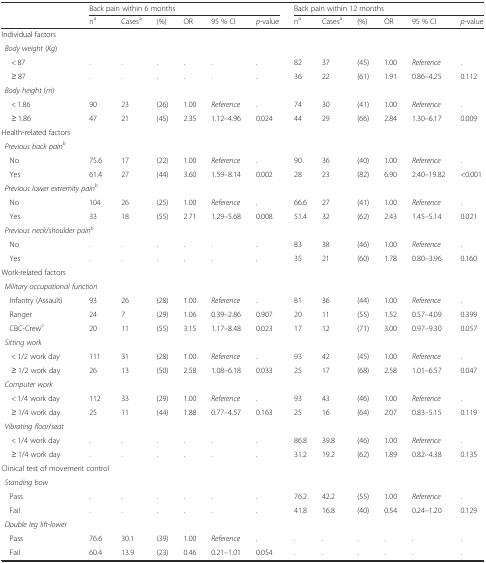
<table><thead><tr><td rowspan="2"></td><td colspan="6"><b>Back pain within 6 months</b></td><td colspan="6"><b>Back pain within 12 months</b></td></tr><tr><td><b>n<sup>a</sup></b></td><td><b>Cases<sup>a</sup></b></td><td><b>(%)</b></td><td><b>OR</b></td><td><b>95 % CI</b></td><td><b><i>p</i>-value</b></td><td><b>n<sup>a</sup></b></td><td><b>Cases<sup>a</sup></b></td><td><b>(%)</b></td><td><b>OR</b></td><td><b>95 % CI</b></td><td><b><i>p</i>-value</b></td></tr></thead><tbody><tr><td>Individual factors</td><td></td><td></td><td></td><td></td><td></td><td></td><td></td><td></td><td></td><td></td><td></td><td></td></tr><tr><td><i>Body weight</i> (<i>Kg</i>)</td><td></td><td></td><td></td><td></td><td></td><td></td><td></td><td></td><td></td><td></td><td></td><td></td></tr><tr><td>&lt; 87</td><td>.</td><td>.</td><td>.</td><td>.</td><td>.</td><td>.</td><td>82</td><td>37</td><td>(45)</td><td>1.00</td><td><i>Reference</i></td><td>.</td></tr><tr><td>≥ 87</td><td>.</td><td>.</td><td>.</td><td>.</td><td>.</td><td>.</td><td>36</td><td>22</td><td>(61)</td><td>1.91</td><td>0.86–4.25</td><td>0.112</td></tr><tr><td><i>Body height</i> (<i>m</i>)</td><td></td><td></td><td></td><td></td><td></td><td></td><td></td><td></td><td></td><td></td><td></td><td></td></tr><tr><td>&lt; 1.86</td><td>90</td><td>23</td><td>(26)</td><td>1.00</td><td><i>Reference</i></td><td>.</td><td>74</td><td>30</td><td>(41)</td><td>1.00</td><td><i>Reference</i></td><td>.</td></tr><tr><td>≥ 1.86</td><td>47</td><td>21</td><td>(45)</td><td>2.35</td><td>1.12–4.96</td><td>0.024</td><td>44</td><td>29</td><td>(66)</td><td>2.84</td><td>1.30–6.17</td><td>0.009</td></tr><tr><td>Health-related factors</td><td colspan="2"></td><td></td><td></td><td></td><td></td><td></td><td></td><td></td><td></td><td></td><td></td></tr><tr><td colspan="3"><i>Previous back pain</i><sup><i>b</i></sup></td><td></td><td></td><td></td><td></td><td></td><td></td><td></td><td></td><td></td><td></td></tr><tr><td> No</td><td>75.6</td><td>17</td><td>(22)</td><td>1.00</td><td><i>Reference</i></td><td>.</td><td>90</td><td>36</td><td>(40)</td><td>1.00</td><td><i>Reference</i></td><td>.</td></tr><tr><td> Yes</td><td>61.4</td><td>27</td><td>(44)</td><td>3.60</td><td>1.59–8.14</td><td>0.002</td><td>28</td><td>23</td><td>(82)</td><td>6.90</td><td>2.40–19.82</td><td>&lt;0.001</td></tr><tr><td colspan="3"><i>Previous lower extremity pain</i><sup><i>b</i></sup></td><td></td><td></td><td></td><td></td><td></td><td></td><td></td><td></td><td></td><td></td></tr><tr><td> No</td><td>104</td><td>26</td><td>(25)</td><td>1.00</td><td><i>Reference</i></td><td>.</td><td>66.6</td><td>27</td><td>(41)</td><td>1.00</td><td><i>Reference</i></td><td>.</td></tr><tr><td> Yes</td><td>33</td><td>18</td><td>(55)</td><td>2.71</td><td>1.29–5.68</td><td>0.008</td><td>51.4</td><td>32</td><td>(62)</td><td>2.43</td><td>1.45–5.14</td><td>0.021</td></tr><tr><td colspan="3"><i>Previous neck</i>/<i>shoulder pain</i><sup><i>b</i></sup></td><td></td><td></td><td></td><td></td><td></td><td></td><td></td><td></td><td></td><td></td></tr><tr><td> No</td><td>.</td><td>.</td><td>.</td><td>.</td><td>.</td><td>.</td><td>83</td><td>38</td><td>(46)</td><td>1.00</td><td><i>Reference</i></td><td>.</td></tr><tr><td> Yes</td><td>.</td><td>.</td><td>.</td><td>.</td><td>.</td><td>.</td><td>35</td><td>21</td><td>(60)</td><td>1.78</td><td>0.80–3.96</td><td>0.160</td></tr><tr><td>Work-related factors</td><td></td><td></td><td></td><td></td><td></td><td></td><td></td><td></td><td></td><td></td><td></td><td></td></tr><tr><td colspan="2"><i>Military occupational function</i></td><td></td><td></td><td></td><td></td><td></td><td></td><td></td><td></td><td></td><td></td><td></td></tr><tr><td> Infantry (Assault)</td><td>93</td><td>26</td><td>(28)</td><td>1.00</td><td><i>Reference</i></td><td>.</td><td>81</td><td>36</td><td>(44)</td><td>1.00</td><td><i>Reference</i></td><td>.</td></tr><tr><td> Ranger</td><td>24</td><td>7</td><td>(29)</td><td>1.06</td><td>0.39–2.86</td><td>0.907</td><td>20</td><td>11</td><td>(55)</td><td>1.52</td><td>0.57–4.09</td><td>0.399</td></tr><tr><td> CBC-Crew<sup>c</sup></td><td>20</td><td>11</td><td>(55)</td><td>3.15</td><td>1.17–8.48</td><td>0.023</td><td>17</td><td>12</td><td>(71)</td><td>3.00</td><td>0.97–9.30</td><td>0.057</td></tr><tr><td colspan="3"><i>Sitting work</i></td><td></td><td></td><td></td><td></td><td></td><td></td><td></td><td></td><td></td><td></td></tr><tr><td>&lt; 1/2 work day</td><td>111</td><td>31</td><td>(28)</td><td>1.00</td><td><i>Reference</i></td><td>.</td><td>93</td><td>42</td><td>(45)</td><td>1.00</td><td><i>Reference</i></td><td>.</td></tr><tr><td>≥ 1/2 work day</td><td>26</td><td>13</td><td>(50)</td><td>2.58</td><td>1.08–6.18</td><td>0.033</td><td>25</td><td>17</td><td>(68)</td><td>2.58</td><td>1.01–6.57</td><td>0.047</td></tr><tr><td colspan="3"><i>Computer work</i></td><td></td><td></td><td></td><td></td><td></td><td></td><td></td><td></td><td></td><td></td></tr><tr><td>&lt; 1/4 work day</td><td>112</td><td>33</td><td>(29)</td><td>1.00</td><td><i>Reference</i></td><td>.</td><td>93</td><td>43</td><td>(46)</td><td>1.00</td><td><i>Reference</i></td><td>.</td></tr><tr><td>≥ 1/4 work day</td><td>25</td><td>11</td><td>(44)</td><td>1.88</td><td>0.77–4.57</td><td>0.163</td><td>25</td><td>16</td><td>(64)</td><td>2.07</td><td>0.83–5.15</td><td>0.119</td></tr><tr><td><i>Vibrating floor</i>/<i>seat</i></td><td colspan="2"></td><td></td><td></td><td></td><td></td><td></td><td></td><td></td><td></td><td></td><td></td></tr><tr><td>&lt; 1/4 work day</td><td>.</td><td>.</td><td>.</td><td>.</td><td>.</td><td>.</td><td>86.8</td><td>39.8</td><td>(46)</td><td>1.00</td><td><i>Reference</i></td><td>.</td></tr><tr><td>≥ 1/4 work day</td><td>.</td><td>.</td><td>.</td><td>.</td><td>.</td><td>.</td><td>31.2</td><td>19.2</td><td>(62)</td><td>1.89</td><td>0.82–4.38</td><td>0.135</td></tr><tr><td colspan="3">Clinical test of movement control</td><td></td><td></td><td></td><td></td><td></td><td></td><td></td><td></td><td></td><td></td></tr><tr><td colspan="3"><i>Standing bow</i></td><td></td><td></td><td></td><td></td><td></td><td></td><td></td><td></td><td></td><td></td></tr><tr><td> Pass</td><td>.</td><td>.</td><td>.</td><td>.</td><td>.</td><td>.</td><td>76.2</td><td>42.2</td><td>(55)</td><td>1.00</td><td><i>Reference</i></td><td>.</td></tr><tr><td> Fail</td><td>.</td><td>.</td><td>.</td><td>.</td><td>.</td><td>.</td><td>41.8</td><td>16.8</td><td>(40)</td><td>0.54</td><td>0.24–1.20</td><td>0.129</td></tr><tr><td colspan="3"><i>Double leg lift</i>-<i>lower</i></td><td></td><td></td><td></td><td></td><td></td><td></td><td></td><td></td><td></td><td></td></tr><tr><td> Pass</td><td>76.6</td><td>30.1</td><td>(39)</td><td>1.00</td><td><i>Reference</i></td><td>.</td><td>.</td><td>.</td><td>.</td><td>.</td><td>.</td><td>.</td></tr><tr><td> Fail</td><td>60.4</td><td>13.9</td><td>(23)</td><td>0.46</td><td>0.21–1.01</td><td>0.054</td><td>.</td><td>.</td><td>.</td><td>.</td><td>.</td><td>.</td></tr></tbody></table>